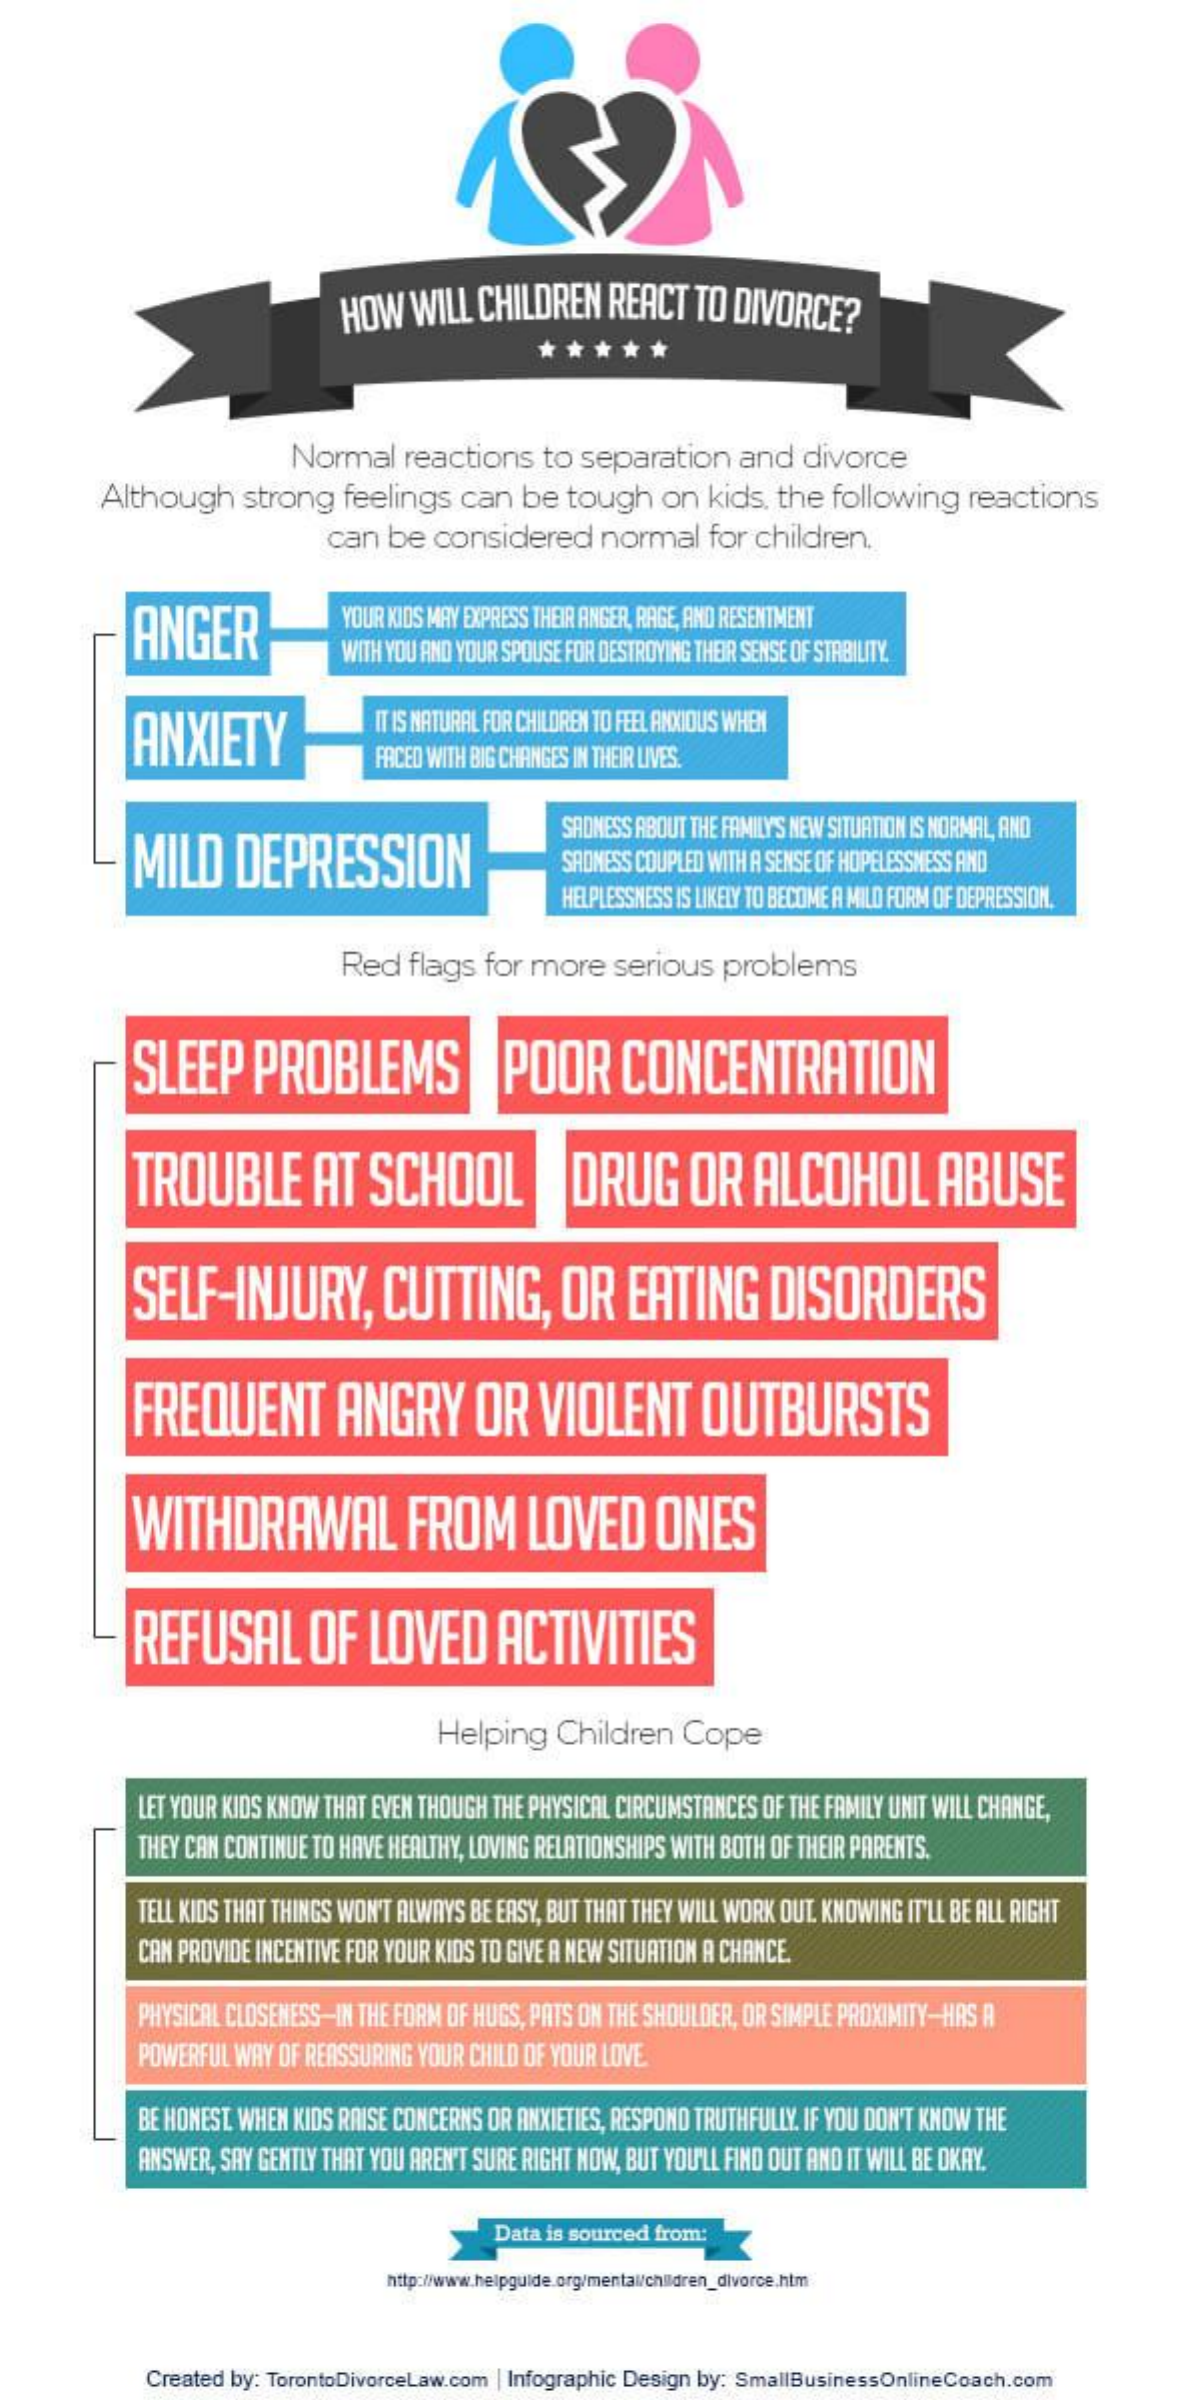
HOW   WILL  CHILDREN   REACT  TO  DIVORCE?
     ***    **
     Normal   reactions   to  separation    and  divorce
     Although    strong   feelings  can  be  tough    on  kids. the following    reactions
     can  be  considered    normal   for children.
     ANGER    YOUR KIDS MAY EXPRESS THEIR ANGER, RAGE, AND RESENTMENT
     WITH YOU AND YOUR SPOUSE FOR DESTROYING THEIR SENSE OF STABILITY.
     ANXIETY
     IT IS NATURAL FOR CHILDREN TO FEEL ANXIOUS WHEN
     FACED WITH BIG CHANGES IN THEIR LIVES.
     MILD    DEPRESSION
     SADNESS ABOUT THE FAMILY'S NEW SITUATION IS NORMAL, AND
     SADNESS COUPLED WITH A SENSE OF HOPELESSMESS AND
     HELPLESSNESS IS LIKELY TO BECOME A MILD FORM OF DEPRESSION.
     Red   flags for more    serious  problems
     SLEEP    PROBLEMS    POOR    CONCENTRATION
     TROUBLE    AT   SCHOOL    DRUG    OR   ALCOHOL    ABUSE
     SELF-INJURY,    CUTTING,    OR    EATING    DISORDERS
     FREQUENT    ANGRY    OR    VIOLENT    OUTBURSTS
     WITHDRAWAL    FROM    LOVED    ONES
     REFUSAL    OF   LOVED    ACTIVITIES
     Helping   Children   Cope
     LET YOUR KIDS KNOW THAT EVEN THOUGH THE PHYSICAL CIRCUMSTANCES OF THE FAMILY UNIT WILL CHANGE,
     THEY CAN CONTINUE TO HAVE HEALTHY, LOVING RELATIONSHIPS WITH BOTH OF THEIR PARENTS.
     TELL KIDS THAT THINGS WON'T ALWAYS BE EASY, BUT THAT THEY WILL WORK OUT. KNOWING IT'LL BE ALL RIGHT
     CAN PROVIDE INCENTIVE FOR YOUR KIDS TO GIVE A NEW SITUATION A CHANCE.
     PHYSICAL CLOSENESS-IN THE FORM OF HUGS, PATS ON THE SHOULDER, OR SIMPLE PROXIMITY-HAS A
     POWERFUL WAY OF REASSURING YOUR CHILD OF YOUR LOVE
     BE HONEST. WHEN KIDS RAISE CONCERNS OR ANXIETIES, RESPOND TRUTHFULLY. IF YOU DON'T KNOW THE
     ANSWER, SAY GENTLY THAT YOU AREN'T SURE RIGHT NOW, BUT YOU'LL FIND OUT AND IT WILL BE OKAY.
     Data is sourced from:
     http://www.helpguide.org/mental/children_divorce.htm
     Created by: TorontoDivorceLaw.com | Infographic Design by: SmallBusinessOnlineCoach.com